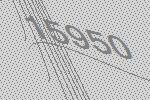
15950